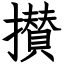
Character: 攅